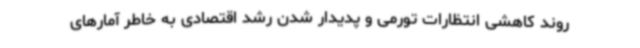
روند کاهشی انتظارات تورمی و پدیدار شدن رشد اقتصادی به خاطر آمارهای